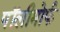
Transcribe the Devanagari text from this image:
पॉलीमोर्फ